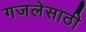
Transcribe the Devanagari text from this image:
गजलेसाठी